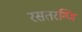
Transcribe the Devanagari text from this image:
रसतरग्णि